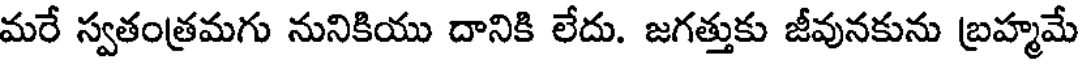
మరే స్వతంత్రమగు నునికియు దానికి లేదు. జగత్తుకు జీవునకును బ్రహ్మమే